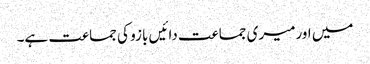
میں اورمیری جماعت دائیں بازو کی جماعت ہے۔